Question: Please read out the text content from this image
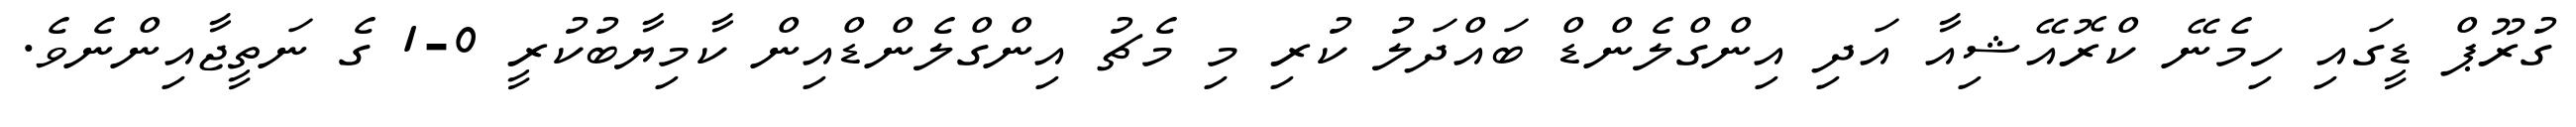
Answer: ގުރޫޕް ޑީގައި ހިމެނޭ ކްރޮއޭޝިއާ އަދި އިންގްލެންޑް ބައްދަލު ކުރި މި މެޗު އިންގްލެންޑްއިން ކާމިޔާބުކުރީ 0-1 ގެ ނަތީޖާއިންނެވެ.